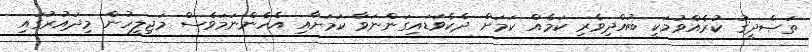
ތަޞްދީޤު ކުރެއްވުމަކީ ބުއްދިވެރި ކަމެއް ކަމަށް ދެކެވަޑައިގަންނަވާ ކަމަށާއި އެހެންނަމަވެސް މަޖިލީހުން މިދައުރުގައި